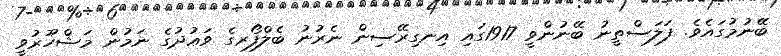
ބޭނުމުގައެވެ. ފަލަސްތީނު ބޭނުންވީ 1917ގައި އިނގިރޭސިން ނެރުނު ބެލްފޯރގެ ވަޢުދުގެ ނަމުން މަޝްހޫރުވީ